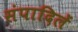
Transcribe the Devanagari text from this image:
संपादिलें